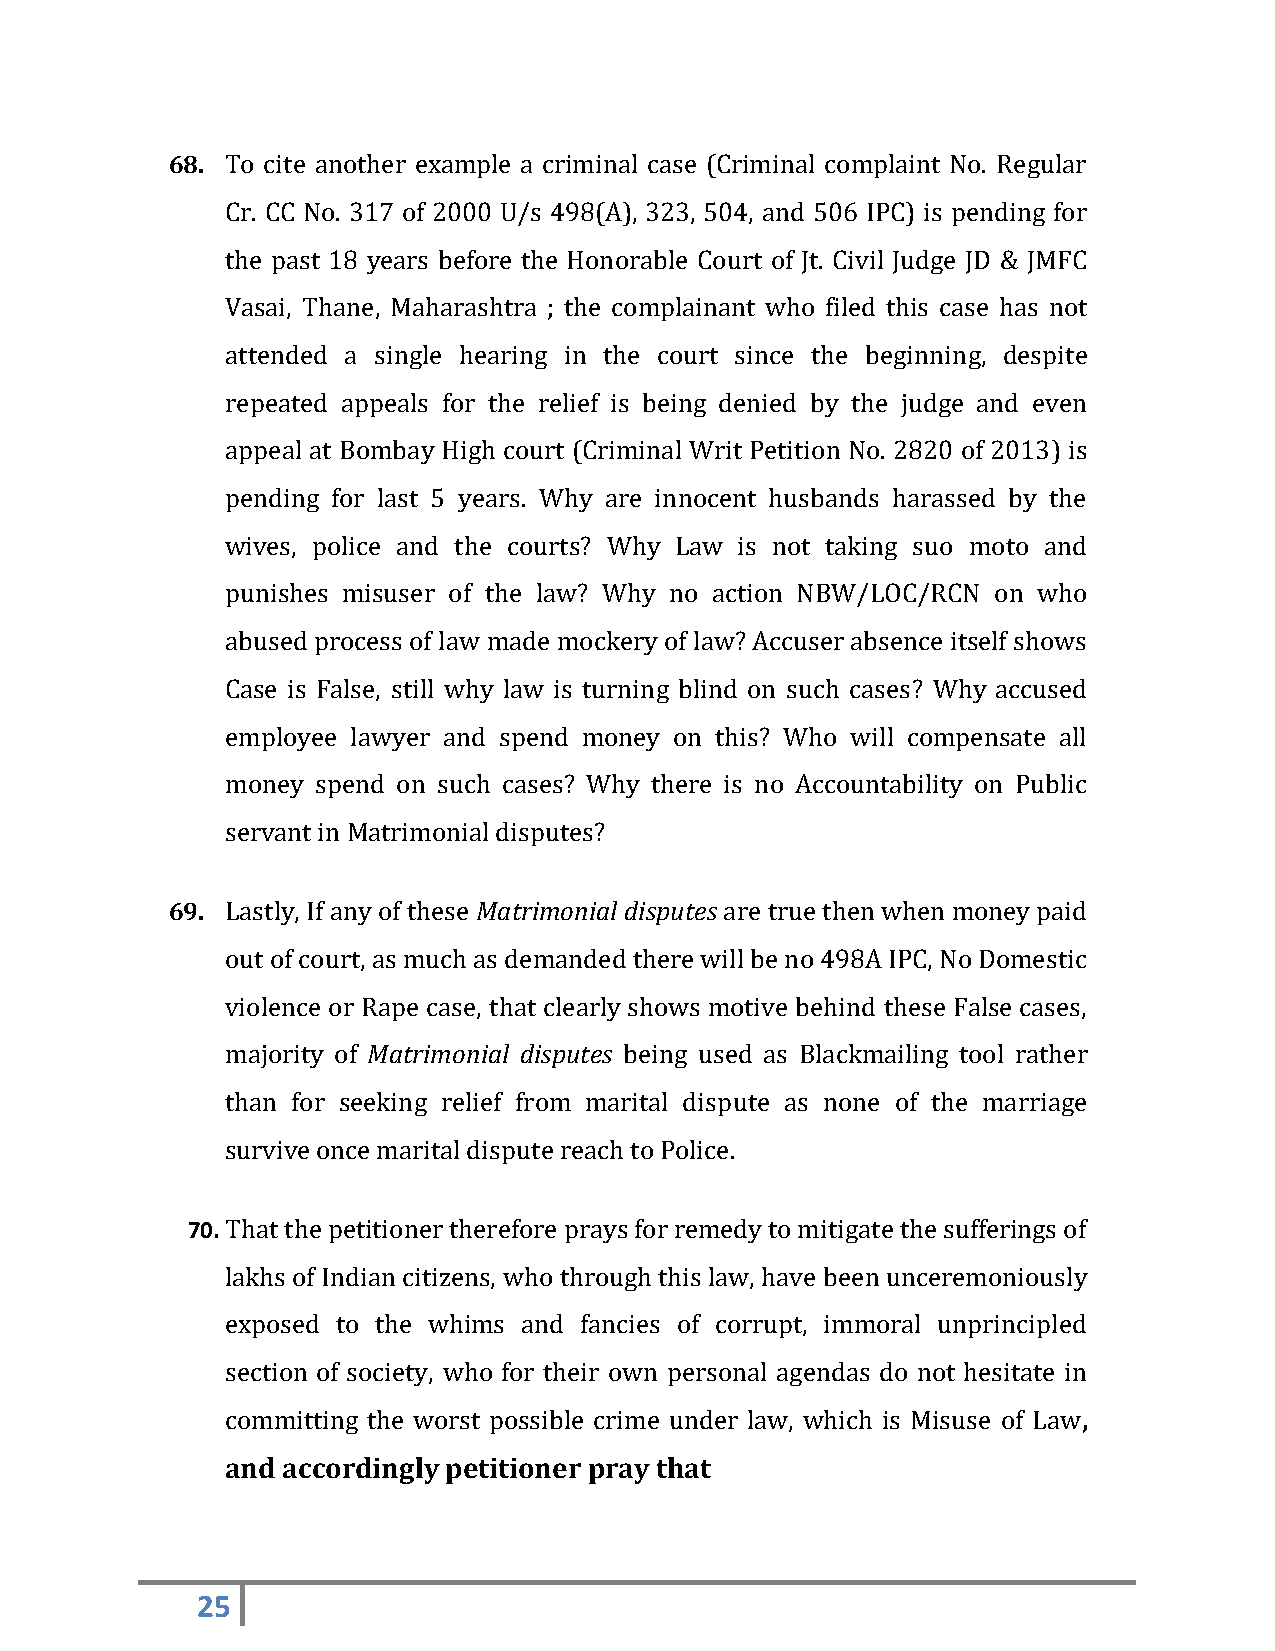
68. To cite another example a criminal case (Criminal complaint No. Regular
 Cr. CC No. 317 of 2000 U/s 498(A), 323, 504, and 506 IPC) is pending for
 the past 18 years before the Honorable Court of Jt. Civil Judge JD & JMFC
 Vasai, Thane, Maharashtra ; the complainant who filed this case has not
 attended a single hearing in the court since the beginning, despite
 repeated appeals for the relief is being denied by the judge and even
 appeal at Bombay High court (Criminal Writ Petition No. 2820 of 2013) is
 pending for last 5 years. Why are innocent husbands harassed by the
 wives, police and the courts? Why Law is not taking suo moto and
 punishes misuser of the law? Why no action NBW/LOC/RCN on who
 abused process of law made mockery of law? Accuser absence itself shows
 Case is False, still why law is turning blind on such cases? Why accused
 employee lawyer and spend money on this? Who will compensate all
 money spend on such cases? Why there is no Accountability on Public
 servant in Matrimonial disputes?
 69. Lastly, If any of these Matrimonial disputes are true then when money paid
 out of court, as much as demanded there will be no 498A IPC, No Domestic
 violence or Rape case, that clearly shows motive behind these False cases,
 majority of Matrimonial disputes being used as Blackmailing tool rather
 than for seeking relief from marital dispute as none of the marriage
 survive once marital dispute reach to Police.
 70. That the petitioner therefore prays for remedy to mitigate the sufferings of
 lakhs of Indian citizens, who through this law, have been unceremoniously
 exposed to the whims and fancies of corrupt, immoral unprincipled
 section of society, who for their own personal agendas do not hesitate in
 committing the worst possible crime under law, which is Misuse of Law,
 and accordingly petitioner pray that
 25